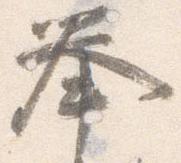
挙